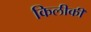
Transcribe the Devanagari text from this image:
किलीकी